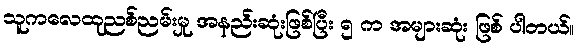
သူကလေထုညစ်ညမ်းမှု အနည်းဆုံးဖြစ်ပြီး ၅ က အများဆုံး ဖြစ် ပါတယ်။